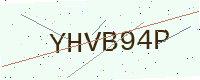
Text: YHVB94P